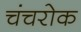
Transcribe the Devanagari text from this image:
चंचरोक